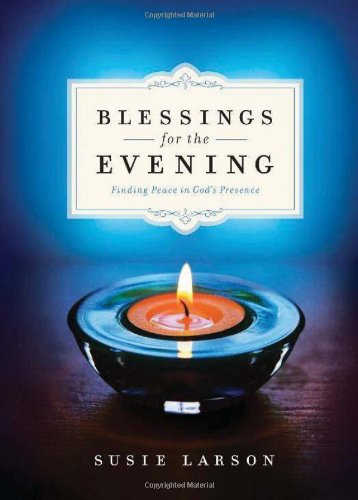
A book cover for Blessings for the Evening: Finding Peace in God's Presence; Susie Larson; Christian Books & Bibles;